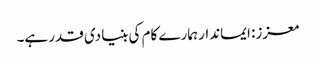
معزز: ایماندار ہمارے کام کی بنیادی قدر ہے۔